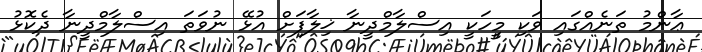
ޢާންމު ތަނެއްގައި ވަކި މީހަކީ އިސްލާމްދީނާ ޚިލާފަށް އުޅޭ ނުވަތަ އިސްލާމްދީނާ ދެކޮޅު